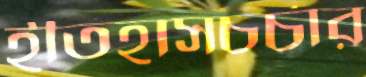
ইতিহাসচর্চার